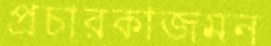
প্রচারকাজমন